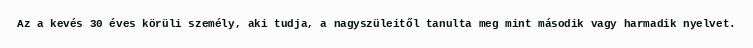
Az a kevés 30 éves körüli személy, aki tudja, a nagyszüleitől tanulta meg mint második vagy harmadik nyelvet.